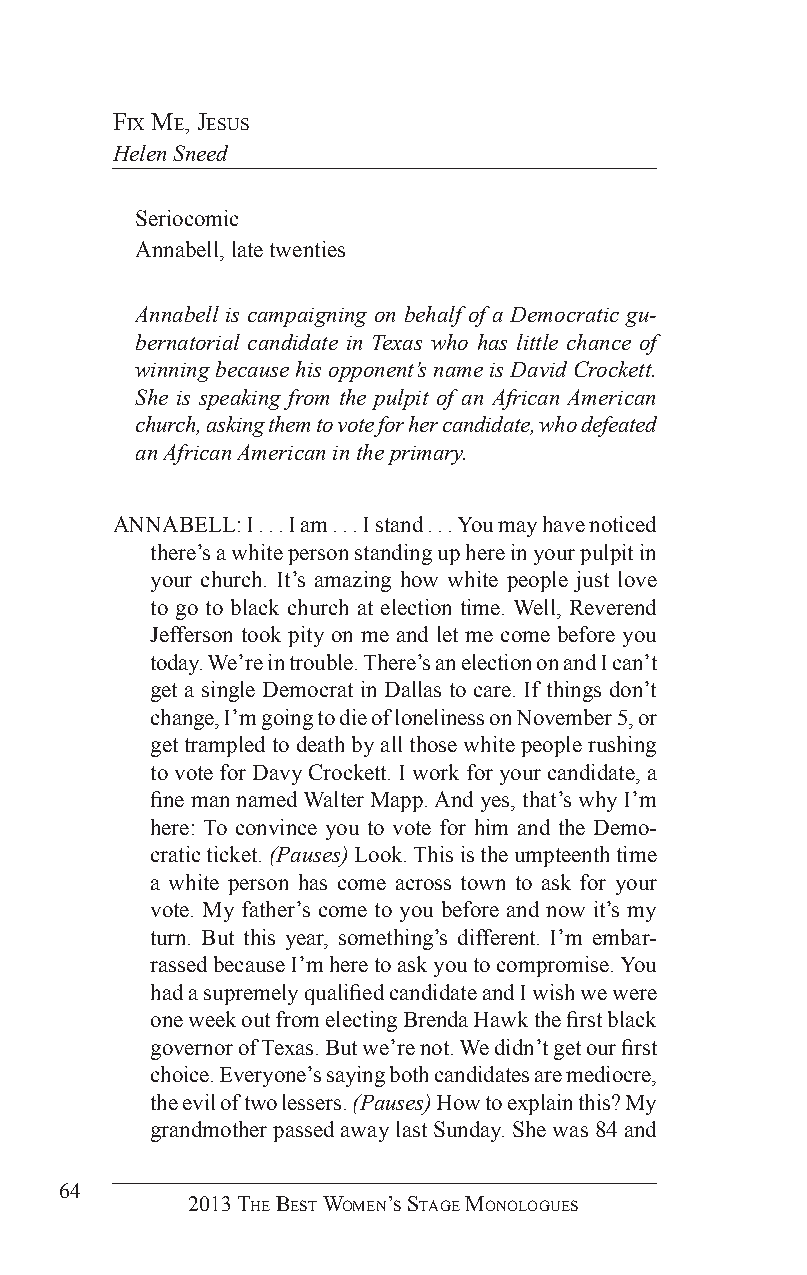
fix me, Jesus
 Helen Sneed
 Seriocomic
 Annabell, late twenties
 Annabell is campaigning on behalf of a Democratic gu-
 bernatorial candidate in Texas who has little chance of
 winning because his opponent’s name is David Crockett.
 She is speaking from the pulpit of an African American
 church, asking them to vote for her candidate, who defeated
 an African American in the primary.
 ANNABELL: I . . . I am . . . I stand . . . You may have noticed
 there’s a white person standing up here in your pulpit in
 your church. It’s amazing how white people just love
 to go to black church at election time. Well, Reverend
 Jefferson took pity on me and let me come before you
 today. We’re in trouble. There’s an election on and I can’t
 get a single Democrat in Dallas to care. If things don’t
 change, I’m going to die of loneliness on November 5, or
 get trampled to death by all those white people rushing
 to vote for Davy Crockett. I work for your candidate, a
 fine man named Walter Mapp. And yes, that’s why I’m
 here: To convince you to vote for him and the Demo-
 cratic ticket. (Pauses) Look. This is the umpteenth time
 a white person has come across town to ask for your
 vote. My father’s come to you before and now it’s my
 turn. But this year, something’s different. I’m embar-
 rassed because I’m here to ask you to compromise. You
 had a supremely qualified candidate and I wish we were
 one week out from electing Brenda Hawk the first black
 governor of Texas. But we’re not. We didn’t get our first
 choice. Everyone’s saying both candidates are mediocre,
 the evil of two lessers. (Pauses) How to explain this? My
 grandmother passed away last Sunday. She was 84 and
 64
 2013 The BesT Women’s sTage monologues